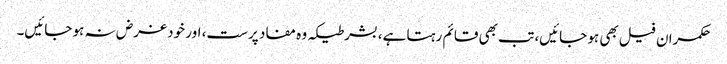
حکمران فیل بھی ہو جائیں، تب بھی قائم رہتا ہے، بشرطیکہ وہ مفاد پرست، اور خود غرض نہ ہو جائیں۔